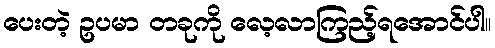
ပေးတဲ့ ဥပမာ တခုကို လေ့လာကြည့်ရအောင်ပါ။